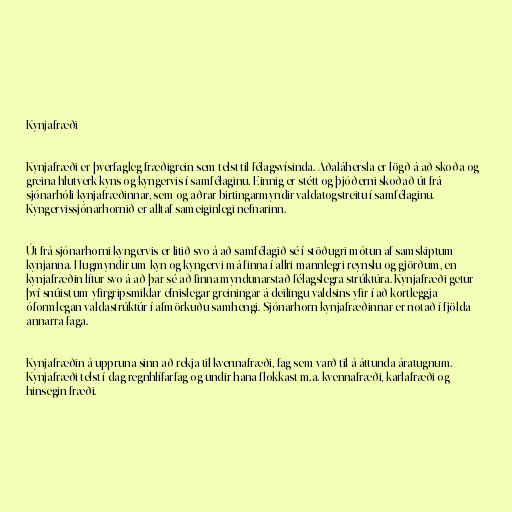
Kynjafræði

Kynjafræði er þverfagleg fræðigrein sem telst til félagsvísinda. Aðaláhersla er lögð á að skoða og
greina hlutverk kyns og kyngervis í samfélaginu. Einnig er stétt og þjóðerni skoðað út frá
sjónarhóli kynjafræðinnar, sem og aðrar birtingarmyndir valdatogstreitu í samfélaginu.
Kyngervissjónarhornið er alltaf sameiginlegi nefnarinn.

Út frá sjónarhorni kyngervis er litið svo á að samfélagið sé í stöðugri mótun af samskiptum
kynjanna. Hugmyndir um kyn og kyngervi má finna í allri mannlegri reynslu og gjörðum, en
kynjafræðin lítur svo á að þar sé að finna myndunarstað félagslegra strúktúra. Kynjafræði getur
því snúist um yfirgripsmiklar efnislegar greiningar á deilingu valdsins yfir í að kortleggja
óformlegan valdastrúktúr í afmörkuðu samhengi. Sjónarhorn kynjafræðinnar er notað í fjölda
annarra faga.

Kynjafræðin á uppruna sinn að rekja til kvennafræði, fag sem varð til á áttunda áratugnum.
Kynjafræði telst í dag regnhlífarfag og undir hana flokkast m.a. kvennafræði, karlafræði og
hinsegin fræði.